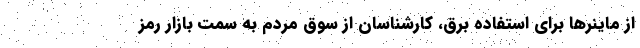
از ماینر‌ها برای استفاده برق، کارشناسان از سوق مردم به سمت بازار رمز